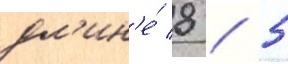
дл'ин'е́ 8 / 5